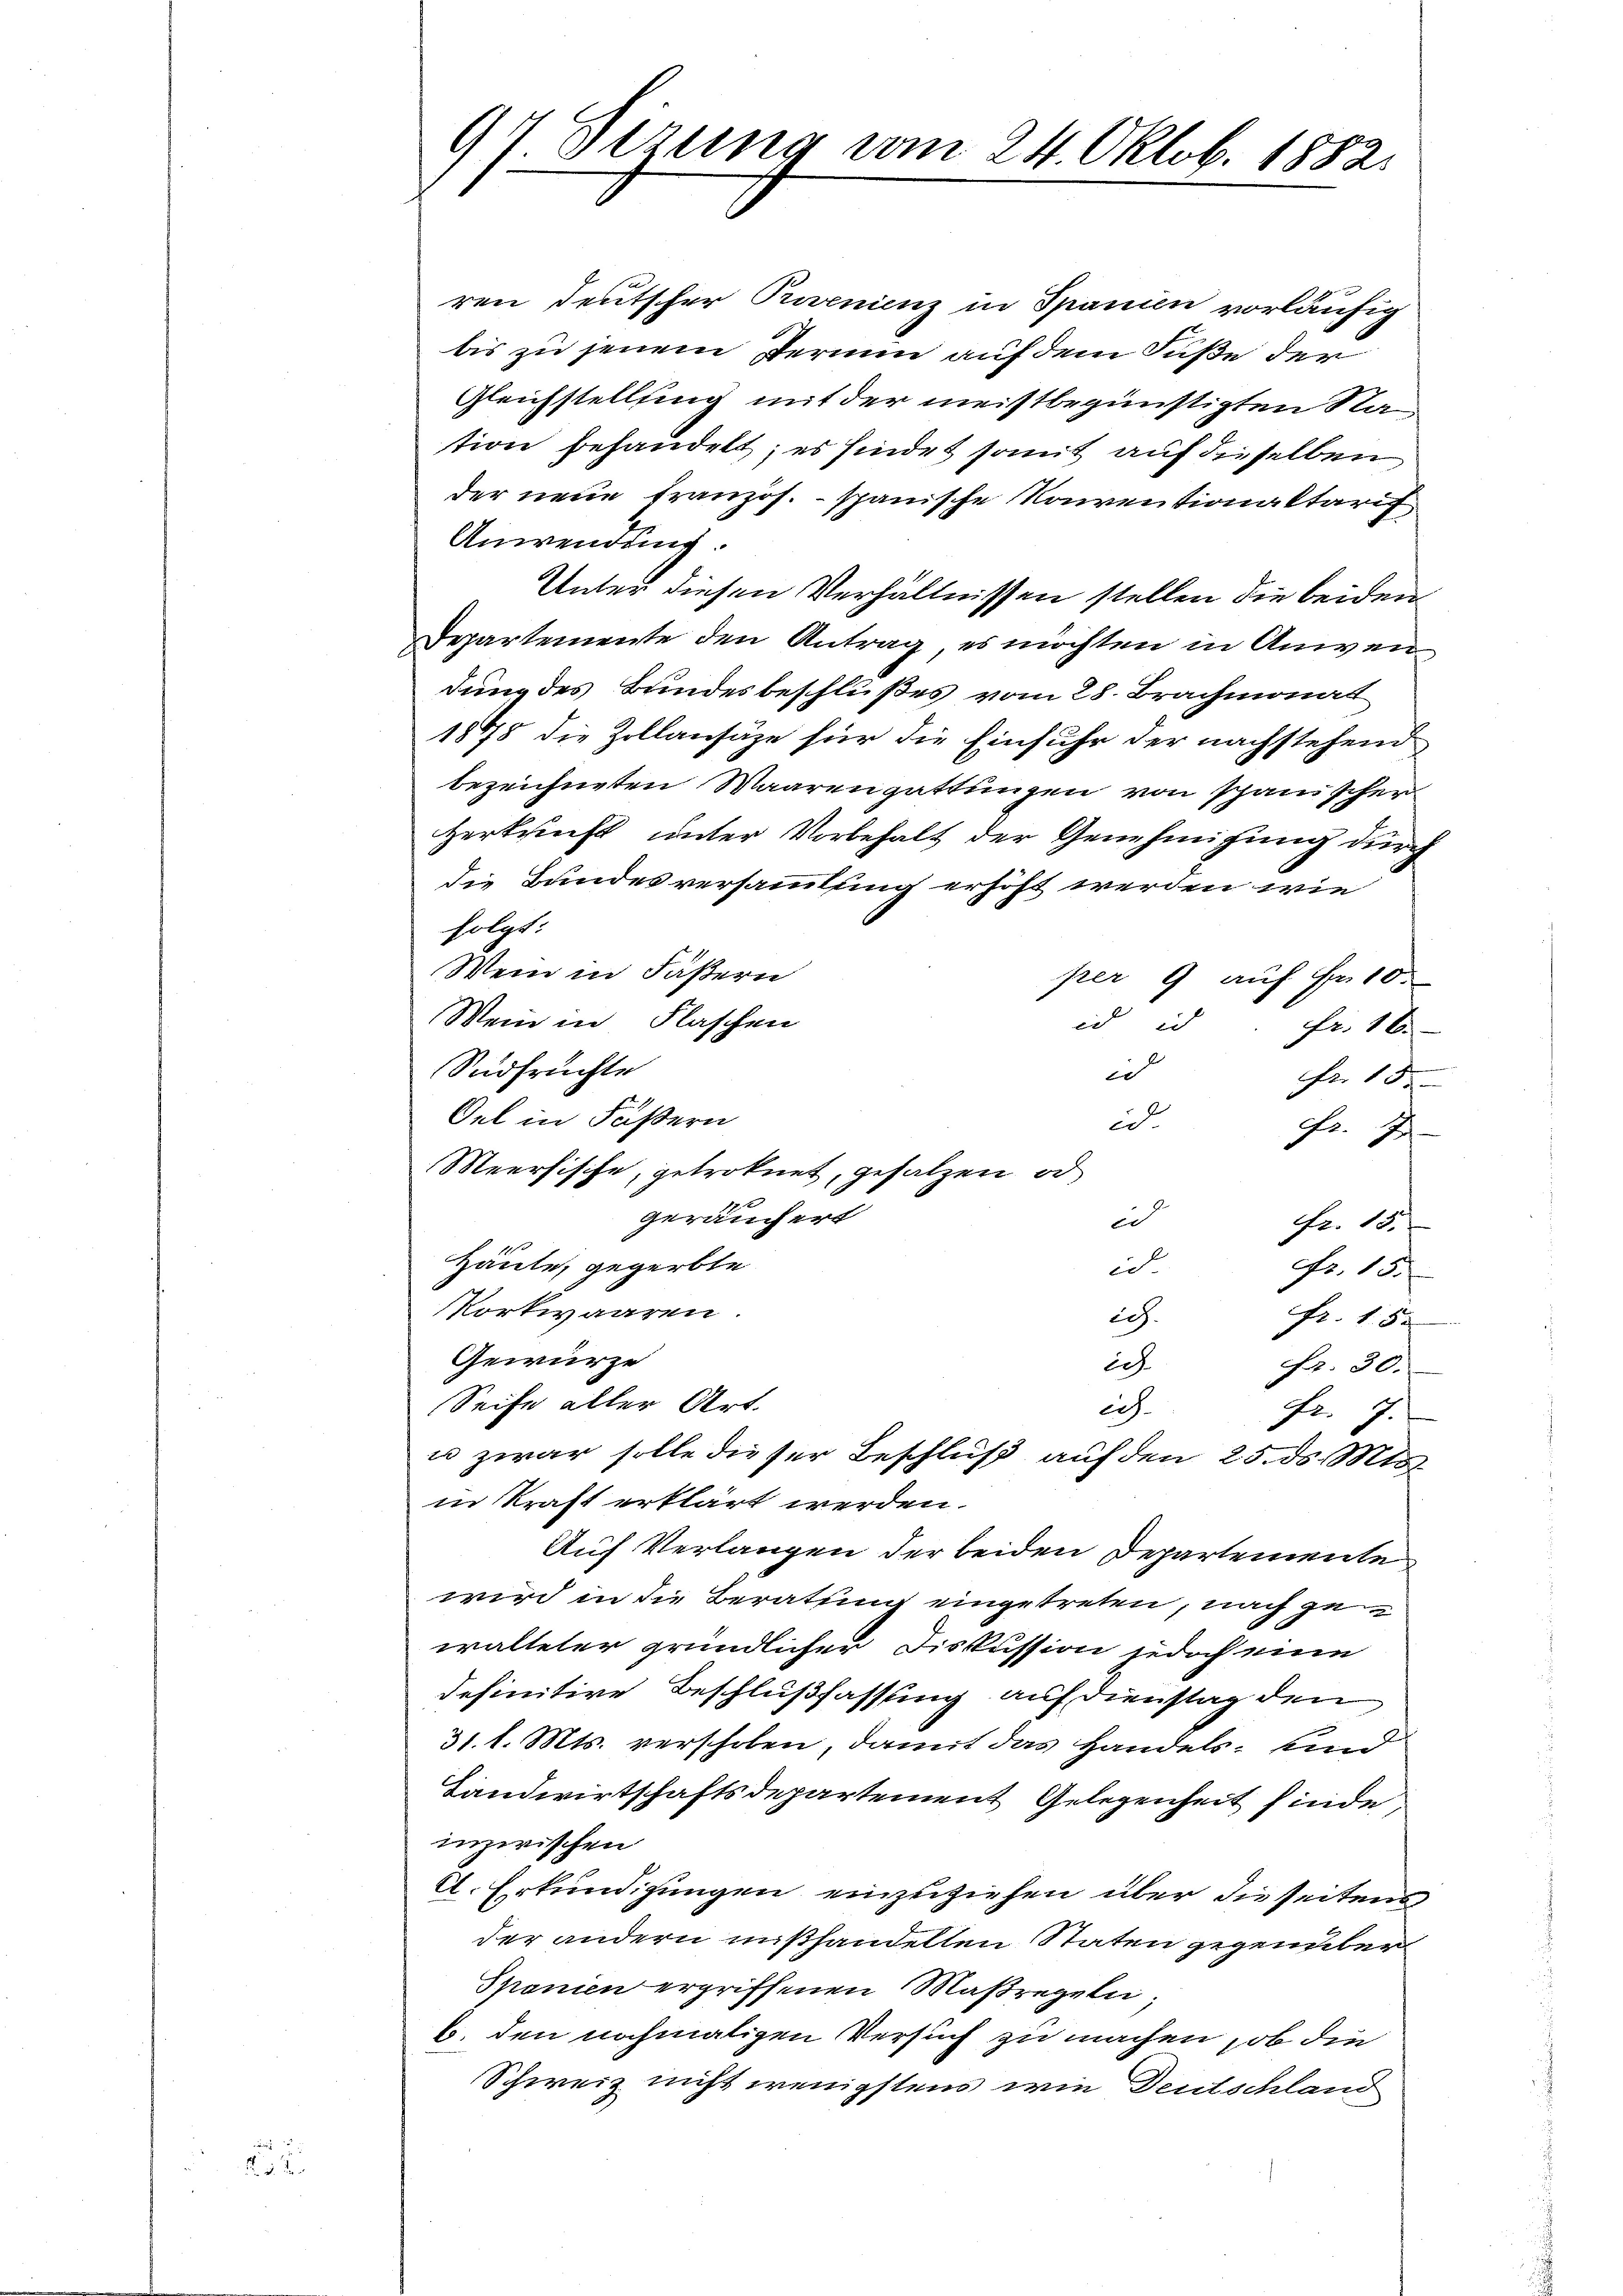
N. 3. de

91 Dezung vom 24. Oktob. 1882.

ren deutscher Purnienz in Spanien vorläufig
bis zu jenem Termin auf dem Fuße der
Gleichstellung mit der meistbegünstigten Nation behandelt; es findet somit auf dieselben
der neue Französ. - spanische Konventionakterit,
Anwendung.
Unter diesen Verhältnissen stellen die beiden
Departemente den Antrag, es möchten in Anwen
dung des Bundesbeschlußes vom 28. Brachmonat
1875 die Zollansätze für die Einfuhr der nachstehend
bezeichneten Waarengattungen von spanischer
Herkunft unter Vorbehalt der Genehmigung durch
die Bundesversammlung erhöht werden wie
folgt:
Wenn in Fäßern
per 9 auf Fr. 10.
Wein in Flaschen
id in
fr. 16
Südfrüchte
e
Fr. 15
Oel in Fäßern
id
fr. 7
Meersische, getroknet, gesalzen, od
geräuchert
ed
fr. 15.
10
Häute, gegerbte
id
fr. 15.
ortwaaren.
ich.
fr. 15.
Gewürze
ich
fr. 30.
Seife aller Art.
ech
Fr. 7.
u zwar solle dieser Beschluß auf den 25. ds. Mts.
in Kraft erklärt werden.
Auf Verlangen der beiden Departemente
wird in die Beratung eingetreten, nach gewalteter gründlicher Fiskussion jedoch eine
definitive Beschlußfassung auf Dienstag den
31. d. Mts. verschoben, damit das Handels, sind
Landwirtschaftsdepartement Gelegenheit finde
inzerischen
A. Erkundigungen einzuziehen über dieseitens
der andern mißhandelten Staten gegenüber
Spanien ergriffenen Maßregeln;
b. den nochmaligen Versuch zu machen, ob die
Schweiz nicht wenigstens wie Deutschland